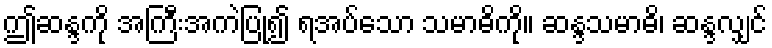
ဤဆန္ဒကို အကြီးအကဲပြု၍ ရအပ်သော သမာဓိကို။ ဆန္ဒသမာဓိ၊ ဆန္ဒလျှင်